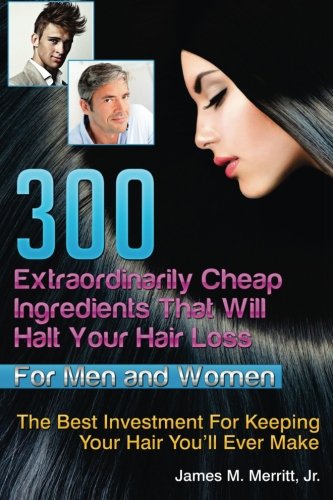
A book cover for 300 Extraordinarily Cheap Ingredients That Will Halt Your Hair Loss; James Matthew Merritt Jr.; Health, Fitness & Dieting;